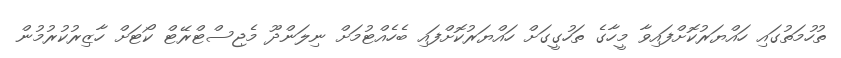
ތުހުމަތުގައި ހައްޔަރުކޮށްފައިވާ މީހާގެ ތަހުގީގަށް ހައްޔަރުކޮށްފައި ބެހެއްޓުމަށް ނިލަންދޫ މެޖިސްޓްރޭޓް ކޯޓަށް ހާޒިރުކުރުމުން